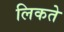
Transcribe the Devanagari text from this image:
लिकते